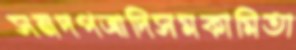
সনদপত্রাদিসমকামিতা